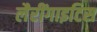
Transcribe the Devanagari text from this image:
लैरींगाइटिस